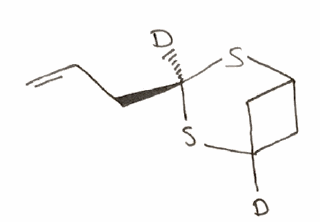
Simplified molecular-input line-entry system (SMILES) notation of the given molecule:
[2H][C@@]1(SC2CC(C2)(S1)[2H])CC=C